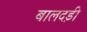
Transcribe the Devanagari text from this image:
बालदड़ी